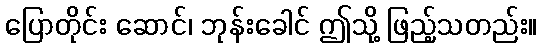
ပြောတိုင်း ဆောင်၊ ဘုန်းခေါင် ဤသို့ ဖြည့်သတည်း။